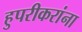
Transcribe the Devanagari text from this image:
हुपरीकरांना